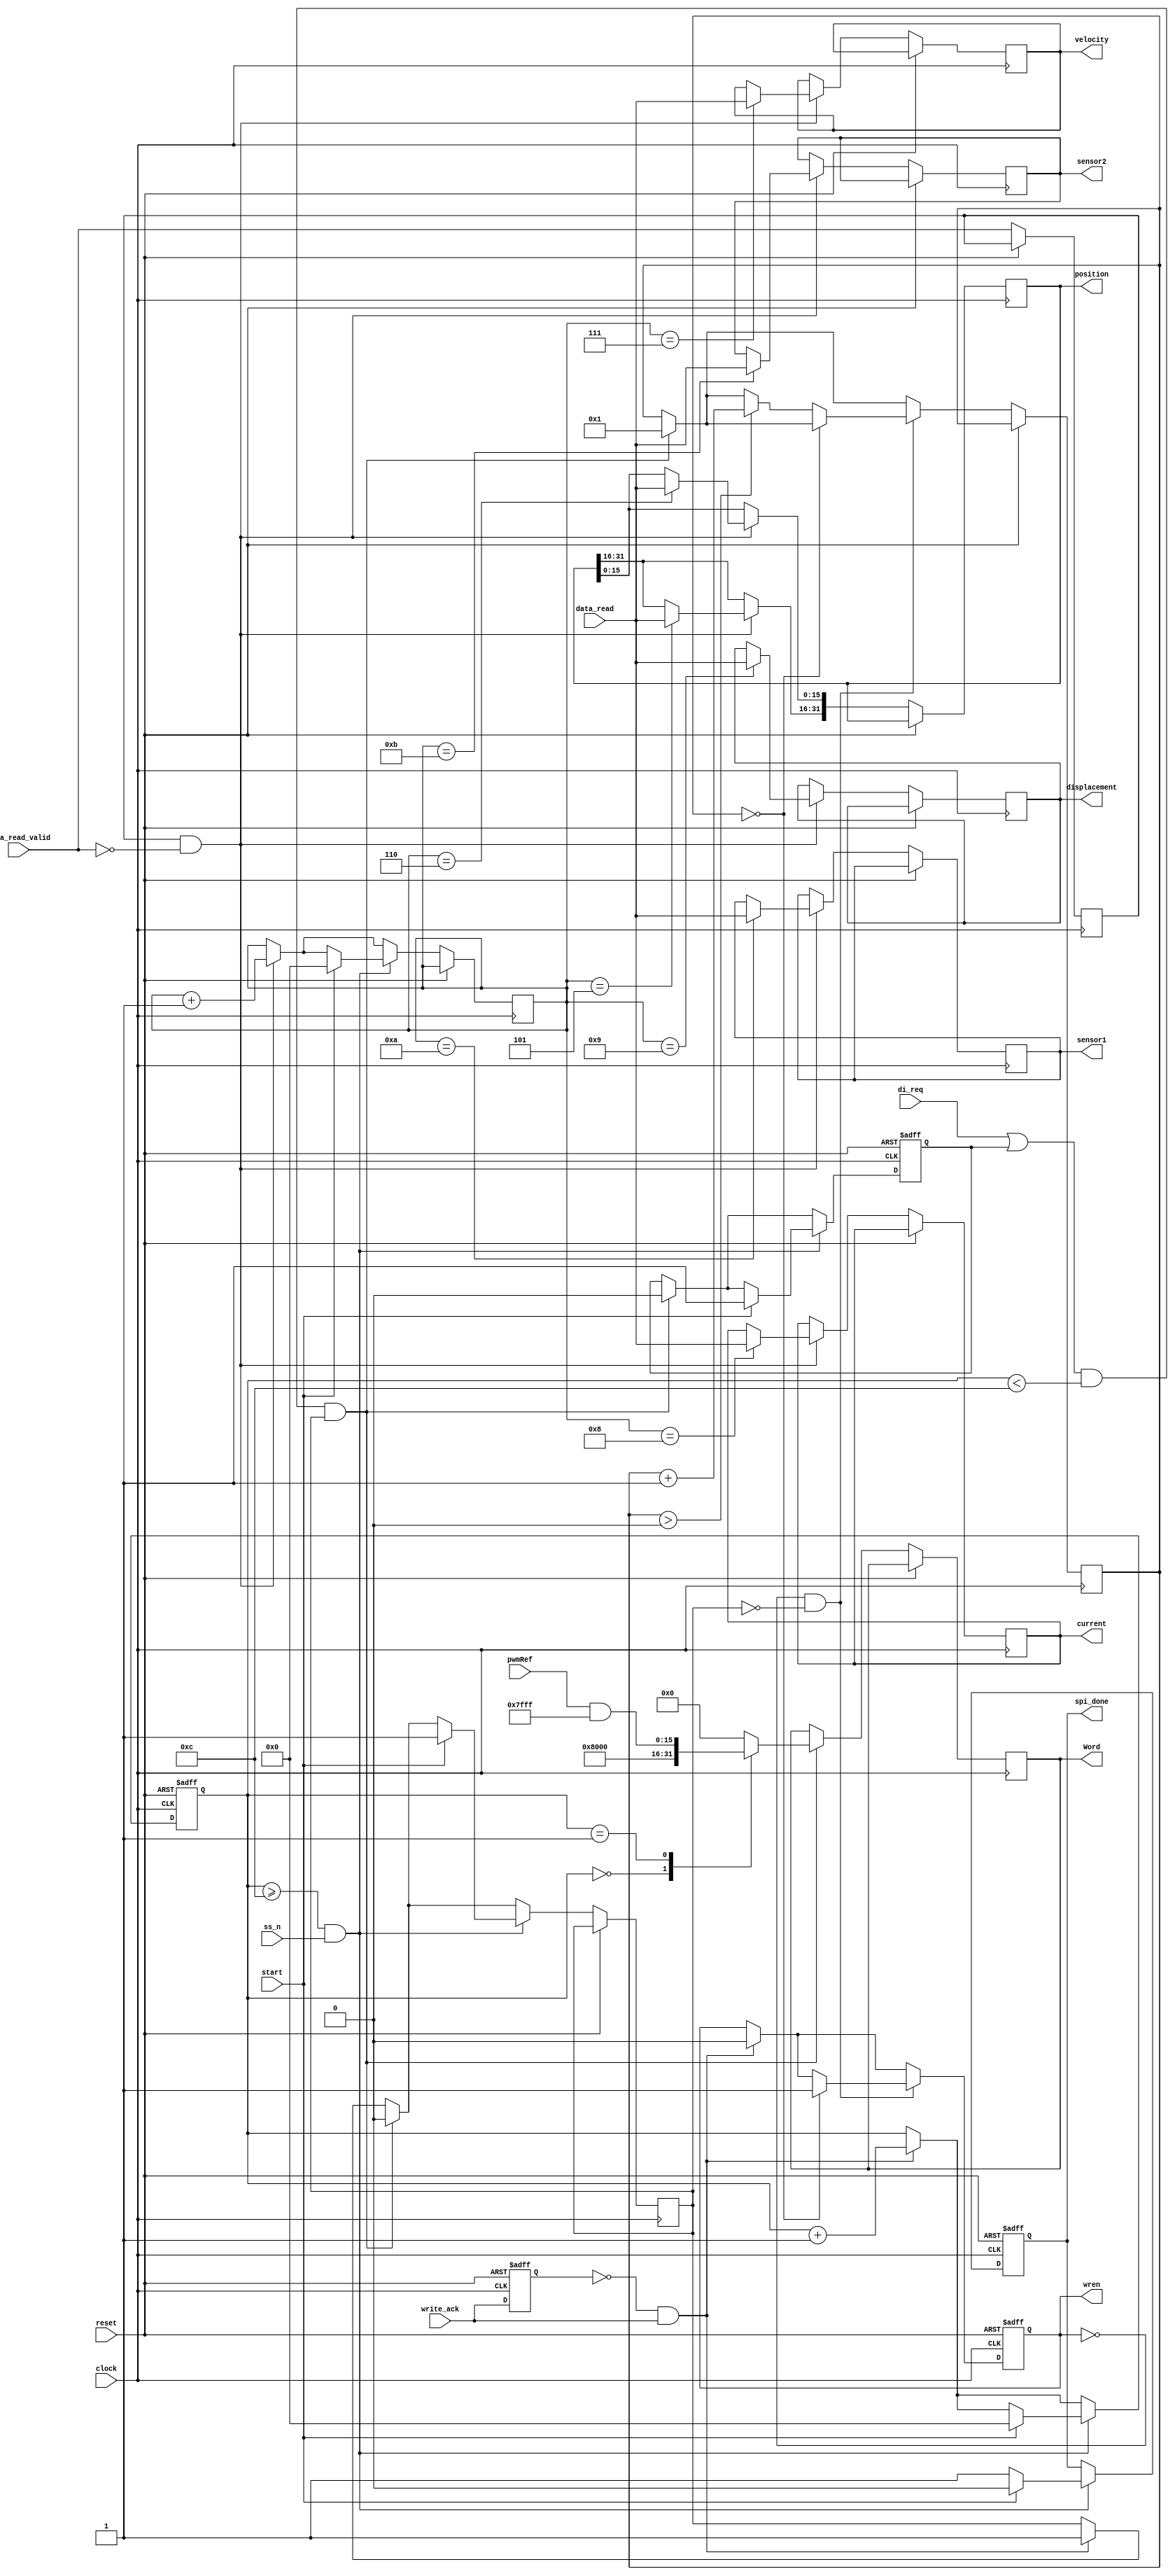
`timescale 1ns/10ps

module SpiControl (
   input clock,
	input reset,
	input di_req,
	input write_ack,
	input data_read_valid,
	input [0:15] data_read,
	input start,
	input signed [0:15] pwmRef,
	input ss_n,
	output reg [0:15] Word,
	output reg wren,
	output reg spi_done,
	output reg signed[0:31] position,
	output reg signed[0:15] velocity,
	output reg signed[0:15] current,
	output reg signed[0:15] displacement,
	output reg signed[0:15] sensor1,
	output reg signed[0:15] sensor2
);

reg [7:0] numberOfWordsTransmitted;
reg [7:0] numberOfWordsReceived;
reg write_ack_prev;
reg next_value;
reg start_frame;
reg data_read_valid_prev;
reg [5:0] delay_counter;

`define ENABLE_DELAY

always @(posedge clock, posedge reset) begin: SPICONTROL_SPILOGIC
	if (reset == 1) begin
		numberOfWordsTransmitted <= 12;
		wren <= 0;
		write_ack_prev <= 0;
		start_frame <= 0;
		spi_done <= 0;
	end else begin
		write_ack_prev <= write_ack;
		// if the write is acknowledged we increment our counter and trigger the sending of the next word by asserting next_value
		if( write_ack_prev==0 && write_ack == 1) begin
			wren <= 0;
			numberOfWordsTransmitted <= numberOfWordsTransmitted + 1;
			next_value <= 1;
		end
		
		// if it's the start of a frame or we are trigger by di_reg to send the next value.
		// of course we stop if everything was sent
		if( (di_req || start_frame) && numberOfWordsTransmitted<12 && next_value==1) begin
			case(numberOfWordsTransmitted)
				0: Word <= 16'h8000;
				1: Word <= pwmRef & 16'h7fff;
				2: Word <= 0;
				3: Word <= 0;
				4: Word <= 0;
				default: Word <= 0;
			endcase
			// reset next_value
			next_value <= 0;
			
`ifdef ENABLE_DELAY
			// start delay counter
			delay_counter <= 1;
`else
			// trigger transmission with wren
			wren <= 1;
`endif
			// reset start_frame
			if(start_frame)
				start_frame <= 0;
		end
		
`ifdef ENABLE_DELAY
		if(wren==0 && next_value==0) begin // this adds a delay of 64/50 approx. 1.28us
			if(delay_counter==0)
				wren <= 1;
			else if (delay_counter>0)
				delay_counter <= delay_counter + 1;
		end
`endif /*ENABLE_DELAY*/
		
		data_read_valid_prev <= data_read_valid;
		// if data_read_valid goes high, we can put the received data into correspondig register
		if( data_read_valid_prev==1 && data_read_valid==0 ) begin
			// the first reveived word we are interested in is word 6, but since we increment afterwards it is 5
			case(numberOfWordsReceived)
				5: position[0:15] <= data_read;
				6: position[16:31] <= data_read;
				7: velocity <= data_read;
				8: current <= data_read;
				9: displacement <= data_read;
				10: sensor1 <= data_read;
				11: sensor2 <= data_read;
			endcase
			numberOfWordsReceived <= numberOfWordsReceived + 1;
		end
		
		// if all data was transmitted and slaveslect is high...again
		if ( numberOfWordsTransmitted>=12 && ss_n==1 ) begin 		
			spi_done <= 1;
			// start transmission of next spi frame
			if ( start ) begin
				// reset the amount of data transmitted an received
				numberOfWordsTransmitted<= 0;
				numberOfWordsReceived <= 0;
				start_frame <= 1;
				next_value <= 1;
				spi_done <= 0;
			end
		end 
	end
end

endmodule